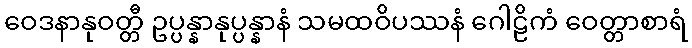
ဝေဒနာနုဝတ္တီ ဥပ္ပန္နာနုပ္ပန္နာနံ သမထဝိပဿနံ ဂေါဠိကံ ဝေတ္တာစာရံ